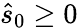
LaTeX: \hat{s}_{0}\ge 0